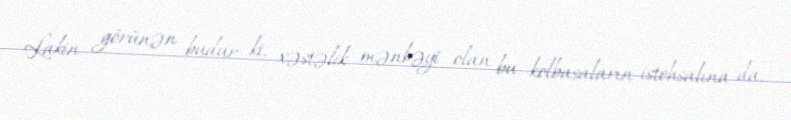
Lakin görünən budur ki, xəstəlik mənbəyi olan bu kolbasaların istehsalına da,